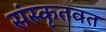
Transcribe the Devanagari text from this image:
संस्कृतवत